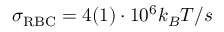
\sigma _ { \mathrm { R B C } } = 4 ( 1 ) \cdot 1 0 ^ { 6 } k _ { B } T / s